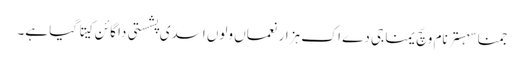
جمنا سہستر نام وچّ یمنا جی دے اک ہزار نعماں ولوں اسدی پشستی دا گائن کیتا گیا ہے۔